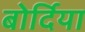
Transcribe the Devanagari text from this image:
बोर्दिया